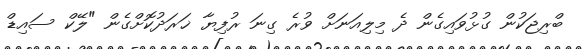
ބްރިޖަކުން ގުޅުވައިގެން ދެ މިލިއަނަށް ވުރެ ގިނަ ރުފިޔާ ޚަރަދުކޮށްގެން "ލޭކް ސައިޑް